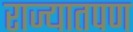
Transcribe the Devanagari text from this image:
राज्यातपण